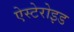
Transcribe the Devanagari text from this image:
ऐस्टेरोइड